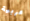
عربية